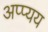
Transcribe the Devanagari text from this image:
अप्प्यय